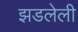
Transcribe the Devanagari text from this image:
झडलेली